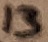
Text: 13